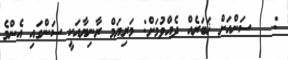
:   ސަންއަށް ޚަބަރެއް ދެއްވުމަށް: މަރިޔަމް ރާނިޔާއަކީ ސަންގައި އެންމެ